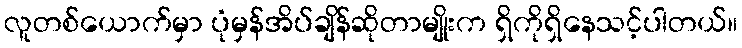
လူတစ်ယောက်မှာ ပုံမှန်အိပ်ချိန်ဆိုတာမျိုးက ရှိကိုရှိနေသင့်ပါတယ်။